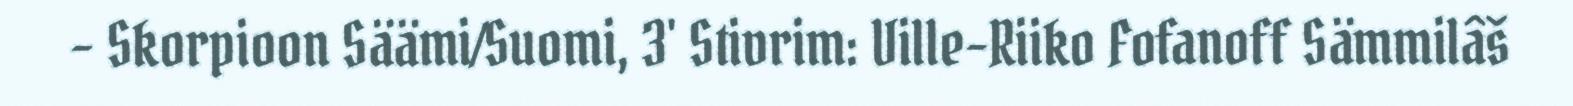
– Skorpioon Säämi/Suomi, 3' Stivrim: Ville-Riiko Fofanoff Sämmilâš